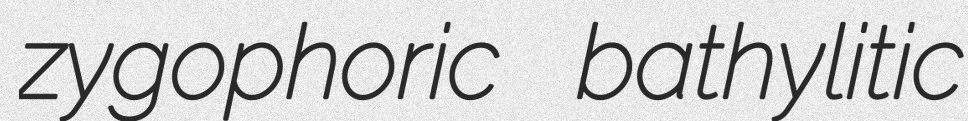
zygophoric bathylitic